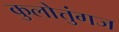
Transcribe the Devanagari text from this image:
कुलोत्तुंगज